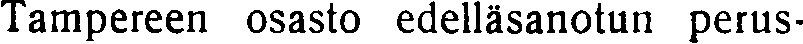
Tampereen osasto edelläsanotun perus-